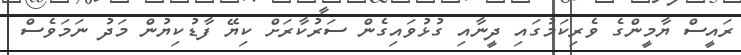
ރައީސް ޔާމީންގެ ވެރިކަމުގައި ދީނާއި ގުޅުވައިގެން ސަރުކާރަށް ކިޔޭ ފާޑުކިޔުން މަދު ނަމަވެސް